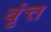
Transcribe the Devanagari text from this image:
वृंत्त